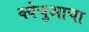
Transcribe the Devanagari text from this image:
क्वेचुआचा